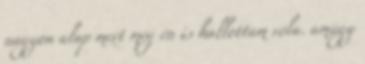
nagyon alap mert még én is hallottam róla. amúgy